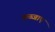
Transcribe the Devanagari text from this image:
कब्जाए